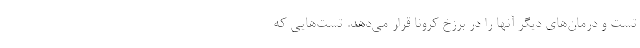
تست و درمان‌های دیگر آنها را در برزخ کرونا قرار می‌دهد. تست‌هایی که